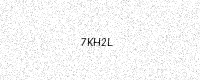
Text: 7KH2L